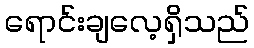
ရောင်းချလေ့ရှိသည်